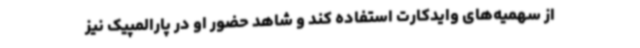
از سهمیه‌های وایدکارت استفاده کند و شاهد حضور او در پارالمپیک نیز